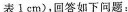
表1cm)，回答如下问题：